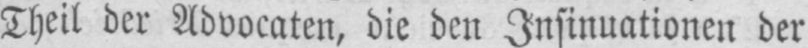
Theil der Advocaten, die den Insinuationen der